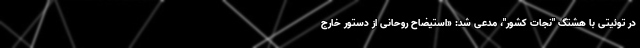
در توئیتی با هشتگ "نجات کشور"، مدعی شد: «استیضاح روحانی از دستور خارج